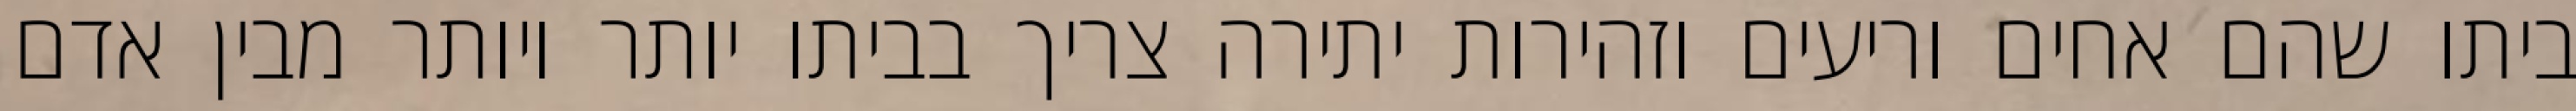
ביתו שהם אחים וריעים וזהירות יתירה צריך בביתו יותר ויותר מבין אדם